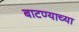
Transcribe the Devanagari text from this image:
बाटण्याच्या